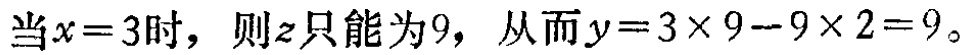
当\(x = 3\)时，则\(z\)只能为\(9\)，从而\(y = 3\times9 - 9\times2 = 9\)。